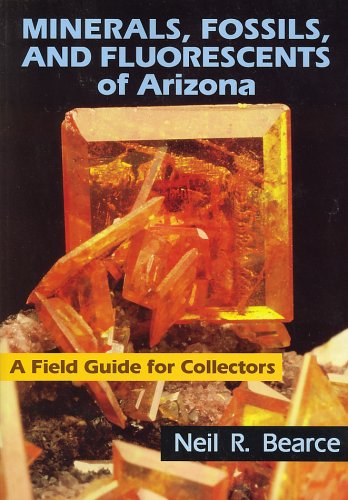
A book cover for Minerals, Fossils, and Fluorescents of Arizona: A Field Guide for Collectors; Neil R. Bearce; Science & Math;